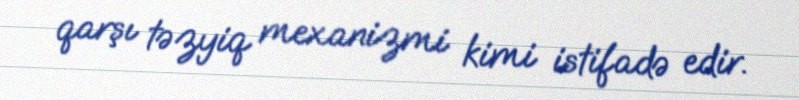
qarşı təzyiq mexanizmi kimi istifadə edir.